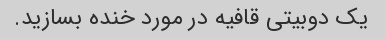
یک دوبیتی قافیه در مورد خنده بسازید.